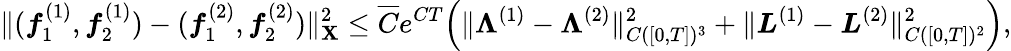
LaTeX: \| (\boldsymbol{f}_{1}^{(1)},\boldsymbol{f}_{2}^{(1)})-(\boldsymbol{f}_{1}^{(2)},\boldsymbol{f}_{2}^{(2)})\| _{\mathbf{X}}^{2}\le\overline{{{C}}}e^{CT}\Big(\| \boldsymbol{\Lambda}^{(1)}-\boldsymbol{\Lambda}^{(2)}\| _{C([0,T])^{3}}^{2}+\| \boldsymbol{L}^{(1)}-\boldsymbol{L}^{(2)}\| _{C([0,T])^{2}}^{2}\Big),